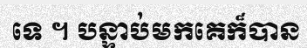
ទេ ។ បន្ទាប់មកគេក៏បាន